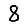
Digit: 8